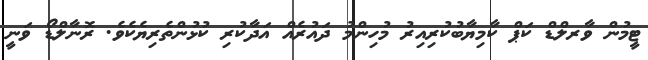
ޓީމުން ވާރލްޑް ކަޕް ކާމިޔާބުކުރިއިރު މުހިންމު ދައުރެއް އަދާކުރި ކުޅުންތެރިޔެކެވެ. ރޮނާލްޑޯ ވަނީ